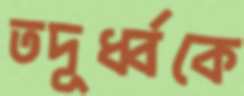
তদূর্ধ্বকে